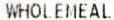
WHOLEMEAL